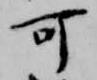
可